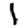
Digit: 1